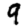
Digit: 9